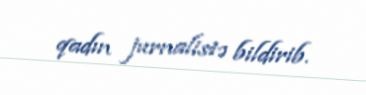
qadın jurnalistə bildirib.